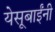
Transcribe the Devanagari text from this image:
येसूबाईंनी